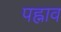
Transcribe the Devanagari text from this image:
पह्नाव